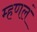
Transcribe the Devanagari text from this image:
म्हणलं